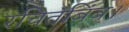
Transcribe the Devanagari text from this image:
रचितबिंब।